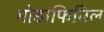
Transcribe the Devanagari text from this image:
मोडाफिनिल